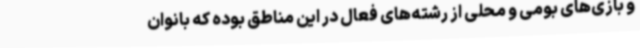
و بازی‌های بومی و محلی از رشته‌های فعال در این مناطق بوده که بانوان